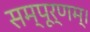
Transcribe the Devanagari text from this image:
सम्पूर्णम्।